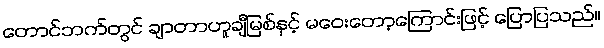
တောင်ဘက်တွင် ချာတာဟူချီမြစ်နှင့် မဝေးတော့ကြောင်းဖြင့် ပြောပြသည်။